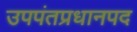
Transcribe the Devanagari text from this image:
उपपंतप्रधानपद